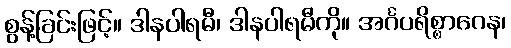
စွန့်ခြင်းဖြင့်။ ဒါနပါရမီ၊ ဒါနပါရမီကို။ အင်္ဂပရိစ္စာဂေန၊